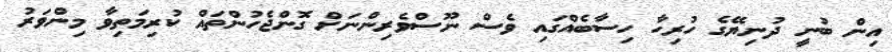
އިން ބުނީ ދުނިޔޭގެ ހުރިހާ ހިސާބެއްގައި ވެސް ނޫސްވެރިންނަށް ގޮންޖެހުންތައް ކުރިމަތިވާ މިންވަރު